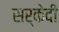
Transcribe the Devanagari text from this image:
सर्केदी